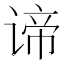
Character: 谛